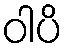
ဝါပိ